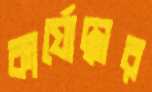
কার্যোদ্ধার